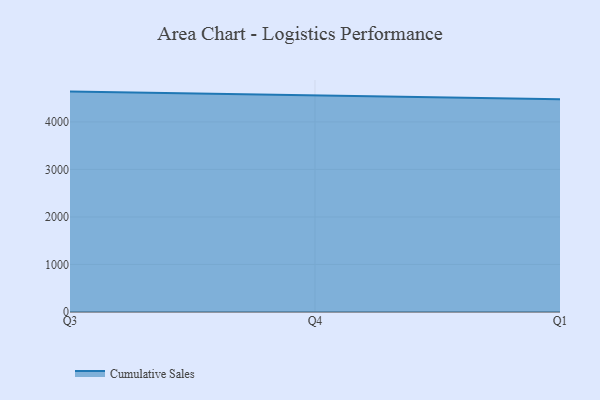
{"axis": {"x": "Quarter", "y": "Headcount"}, "legend": ["Cumulative Sales"], "data": [{"x": "Q3", "y": 4637.3, "type": "Cumulative Sales"}, {"x": "Q4", "y": 4550.5, "type": "Cumulative Sales"}, {"x": "Q1", "y": 4474.8, "type": "Cumulative Sales"}]}